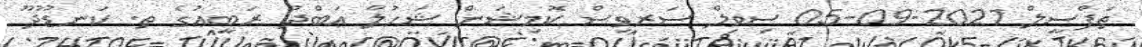
ތަފްސީލް 2021-09-05 ސިވިލް ސަރވިސް ކޮމިޝަން ޝަހުލާ ޢަބްދު ރަބީޢުގެ ތ. ކަނޑޫދޫ